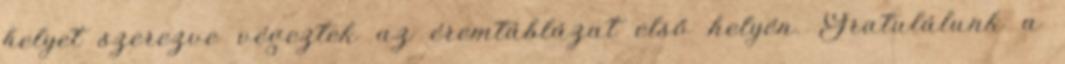
helyet szerezve végeztek az éremtáblázat első helyén. Gratulálunk a